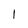
Character: 1